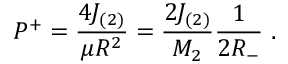
P ^ { + } = \frac { 4 J _ { ( 2 ) } } { \mu R ^ { 2 } } = \frac { 2 J _ { ( 2 ) } } { M _ { 2 } } \frac { 1 } { 2 R _ { - } } ~ .